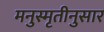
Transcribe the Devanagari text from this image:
मनुस्मृतीनुसार